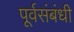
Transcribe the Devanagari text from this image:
पूर्वसंबंधी